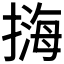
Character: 𢲨